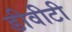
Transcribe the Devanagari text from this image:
डीवीटी